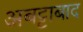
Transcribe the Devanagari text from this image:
अबट्टाबाद